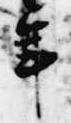
年